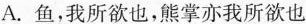
A.鱼，我所欲也，熊掌亦我所欲也